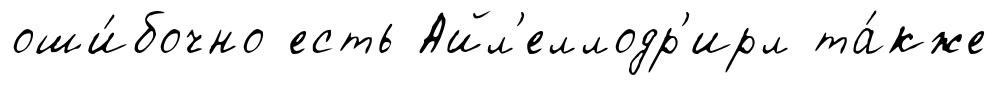
оши́бочно есть Айл'еллодр'ирл та́кже